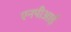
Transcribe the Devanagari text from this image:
एनपीआई